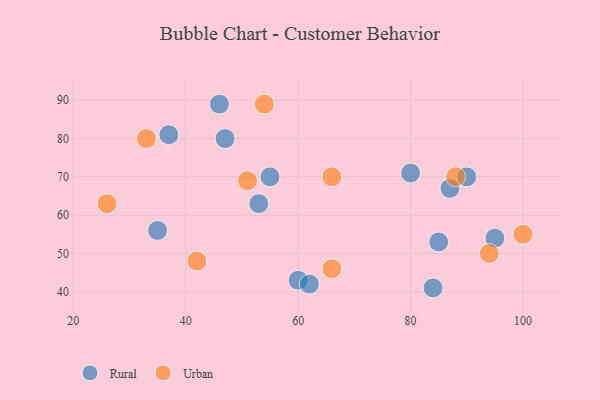
{"axis": {"x": "GDP", "y": "Life Expectancy"}, "legend": ["Rural", "Urban"], "data": [{"x": "60", "y": 43, "type": "Rural"}, {"x": "35", "y": 56, "type": "Rural"}, {"x": "62", "y": 42, "type": "Rural"}, {"x": "37", "y": 81, "type": "Rural"}, {"x": "84", "y": 41, "type": "Rural"}, {"x": "53", "y": 63, "type": "Rural"}, {"x": "90", "y": 70, "type": "Rural"}, {"x": "47", "y": 80, "type": "Rural"}, {"x": "95", "y": 54, "type": "Rural"}, {"x": "87", "y": 67, "type": "Rural"}, {"x": "55", "y": 70, "type": "Rural"}, {"x": "85", "y": 53, "type": "Rural"}, {"x": "46", "y": 89, "type": "Rural"}, {"x": "80", "y": 71, "type": "Rural"}, {"x": "26", "y": 63, "type": "Urban"}, {"x": "42", "y": 48, "type": "Urban"}, {"x": "33", "y": 80, "type": "Urban"}, {"x": "100", "y": 55, "type": "Urban"}, {"x": "88", "y": 70, "type": "Urban"}, {"x": "51", "y": 69, "type": "Urban"}, {"x": "54", "y": 89, "type": "Urban"}, {"x": "66", "y": 70, "type": "Urban"}, {"x": "66", "y": 46, "type": "Urban"}, {"x": "94", "y": 50, "type": "Urban"}]}